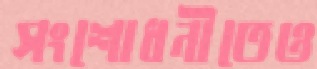
সংশোধনীতেও